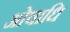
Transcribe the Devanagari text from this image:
ओषाधि